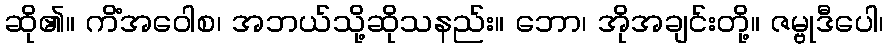
ဆို၏။ ကိံအဝေါစ၊ အဘယ်သို့ဆိုသနည်း။ ဘော၊ အိုအချင်းတို့။ ဇမ္ဗုဒီပေါ၊